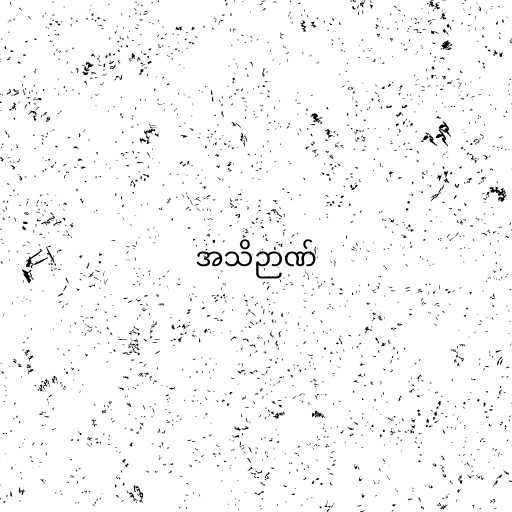
အသိဉာဏ်